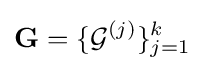
\mathbf {G} =\{{\mathcal {G}}^{(j)}\}_{j=1}^{k}